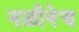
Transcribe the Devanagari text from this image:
नळीनेच